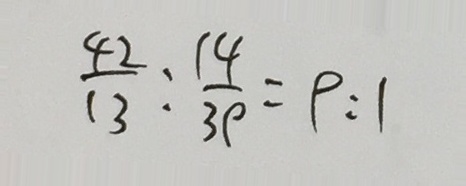
\frac { 4 2 } { 1 3 } : \frac { 1 4 } { 3 9 } = 9 : 1